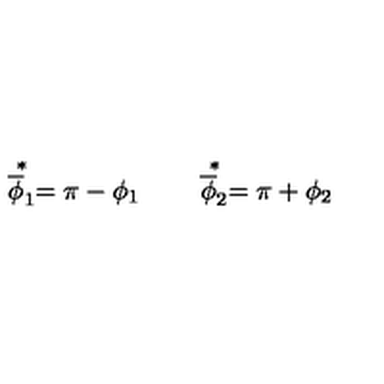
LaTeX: \stackrel { * } { \overline { \phi } _ { 1 } } = \pi - \phi _ { 1 } \qquad \stackrel { * } { \overline { \phi } _ { 2 } } = \pi + \phi _ { 2 }